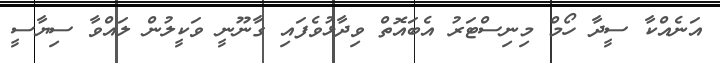
އަނެއްކާ ސީދާ ހޯމް މިނިސްޓަރު އެބައޮތް ވިދާޅުވެފައި ގާނޫނީ ވަކީލުން ލައްވާ ސިޔާސީ